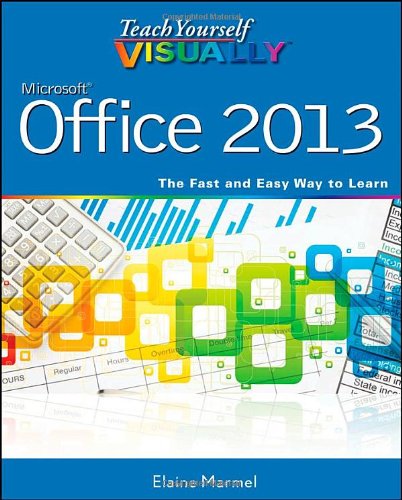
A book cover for Teach Yourself VISUALLY Office 2013; Elaine Marmel; Computers & Technology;